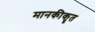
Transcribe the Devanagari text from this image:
मानकीकॄत